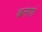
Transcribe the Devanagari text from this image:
बनणं